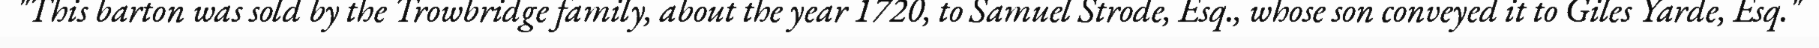
"This barton was sold by the Trowbridge family, about the year 1720, to Samuel Strode, Esq., whose son conveyed it to Giles Yarde, Esq."